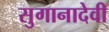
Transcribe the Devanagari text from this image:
सुगानादेवी